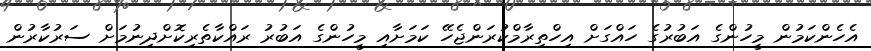
އެހެންކަމުން މީހުންގެ އަބުރުގެ ހައްގަށް އިހްތިރާމްކުރަންޖެހޭ ކަމަށާއި މީހުންގެ އަބުރު ރައްކާތެރިކޮށްދިނުމަށް ސަރުކާރުން